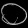
Digit: ၀